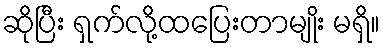
ဆိုပြီး ရှက်လို့ထပြေးတာမျိုး မရှိ။